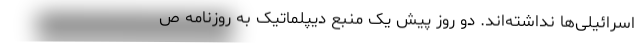
اسرائیلی‌ها نداشته‌اند. دو روز پیش یک منبع دیپلماتیک به روزنامه ص